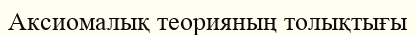
Аксиомалық теорияның толықтығы